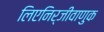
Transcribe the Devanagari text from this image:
लिएनिर्जीवाणुक